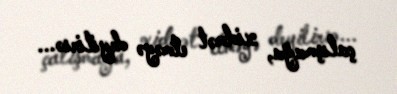
çalışmağa, xidmət etməyə deyilirsə...